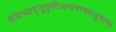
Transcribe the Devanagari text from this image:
वैचित्र्यादृजुकुटिलनानापथजुषाम्।